Vaccination in Bombay 1869-1873 - 1869-1873
Year: 1869
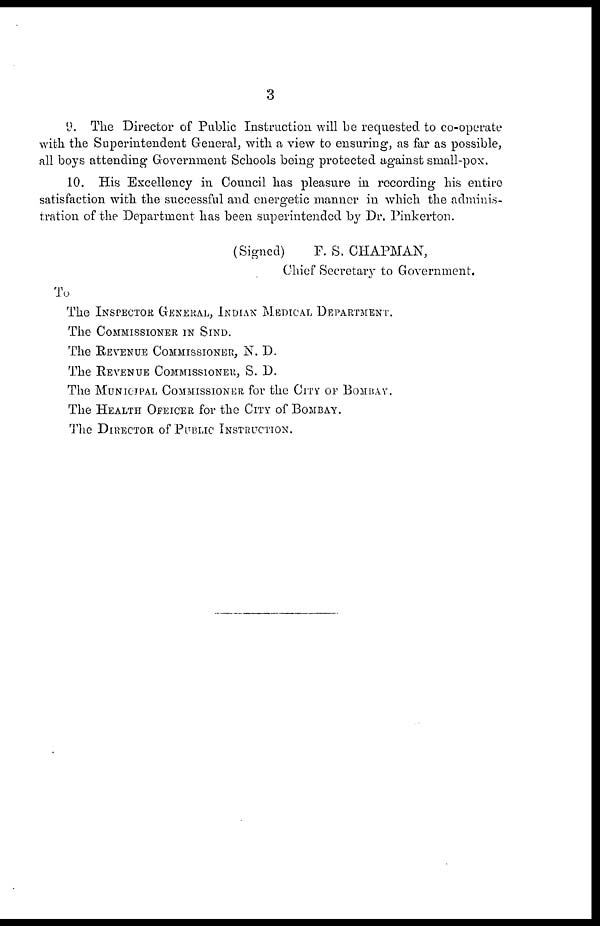
3
9. The Director of Public Instruction will be requested to co-operate
with the Superintendent General, with a view to ensuring, as far as possible,
all boys attending Government Schools being protected against small-pox.
10. His Excellency in Council has pleasure in recording his entire
satisfaction with the successful and energetic manner in which the adminis-
tration of the Department has been superintended by Dr. Pinkerton.
(Signed)
F. S. CHAPMAN,
Chief Secretary to Government.
To
The INSPECTOR GENERAL, INDIAN MEDICAL DEPARTMENT.
The COMMISSIONER IN SIND.
The REVENUE COMMISSIONER, N. D.
The REVENUE COMMISSIONER, S. D.
The MUNICIPAL COMMISSIONER for the CITY OF BOMBAY.
The HEALTH OFEICER for the CITY of BOMBAY.
The DIRECTOR of PUBLIC INSTRUCTION.